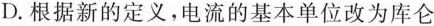
D. 根据新的定义，电流的基本单位改为库仑